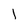
Character: 1